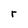
Character: r